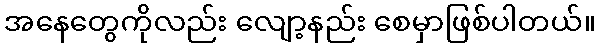
အနေတွေကိုလည်း လျော့နည်း စေမှာဖြစ်ပါတယ်။